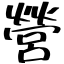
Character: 營